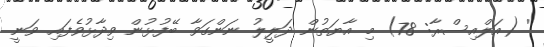
' (އަލްއިސްރާ: 78) މި އާޔަތުން ދަލީލު ނަންގަވާ ބޭފުޅުން ވިދާޅުވެފައި ވަނީ